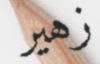
زهير